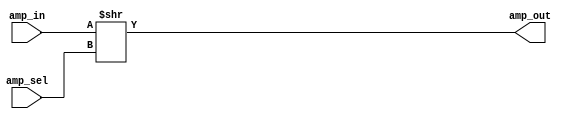
module Amplitude_selector(
    amp_sel,
    amp_in,
    amp_out
);
input [1:0] amp_sel;
input [7:0] amp_in;
output [7:0] amp_out;

assign amp_out=amp_in>>amp_sel;

endmodule